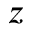
z